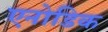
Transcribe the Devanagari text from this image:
एनोडिक